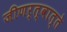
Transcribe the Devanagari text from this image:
जीणर्त्वात्ते